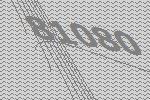
81080